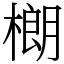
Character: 樃